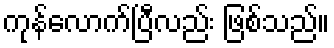
ကုန်လောက်ပြီလည်း ဖြစ်သည်။